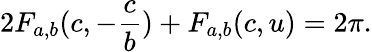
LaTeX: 2F_{a,b}(c,-\frac{c}{b})+F_{a,b}(c,u)=2\pi.